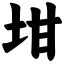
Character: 坩